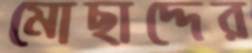
মোছাদ্দের